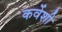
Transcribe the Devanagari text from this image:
कर्वेशी